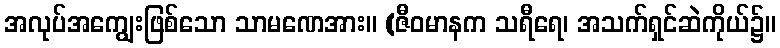
အလုပ်အကျွေးဖြစ်သော သာမဏေအား။ (ဇီဝမာနက သရီရေ၊ အသက်ရှင်ဆဲကိုယ်၌။